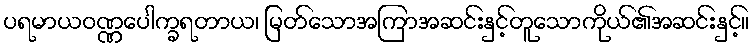
ပရမာယဝဏ္ဏပေါက္ခရတာယ၊ မြတ်သောအကြာအဆင်းနှင့်တူသောကိုယ်၏အဆင်းနှင့်။